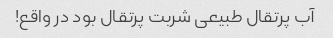
آب پرتقال طبیعی شربت پرتقال بود در واقع!